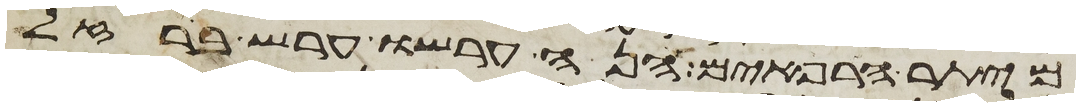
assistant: מיתר הרפאים הנה ערשו ערש ברזל